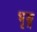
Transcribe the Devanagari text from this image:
भृङ्ग